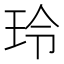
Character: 玲